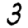
Digit: 3